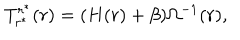
LaTeX: T _ { r ^ { \ast } } ^ { r ^ { \ast } } ( r ) = ( H ( r ) + \beta ) \Omega ^ { - 1 } ( r ) ,